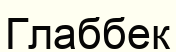
Глаббек